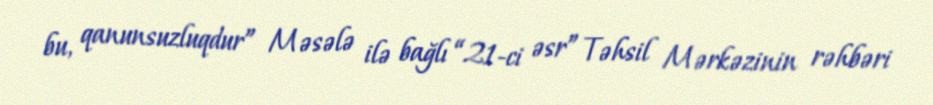
bu, qanunsuzluqdur” Məsələ ilə bağlı “21-ci əsr” Təhsil Mərkəzinin rəhbəri